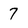
Character: 7